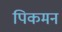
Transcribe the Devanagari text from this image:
पिकमन